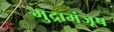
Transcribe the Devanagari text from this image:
मुद्रामंजूष